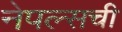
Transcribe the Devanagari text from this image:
नेपल्सची